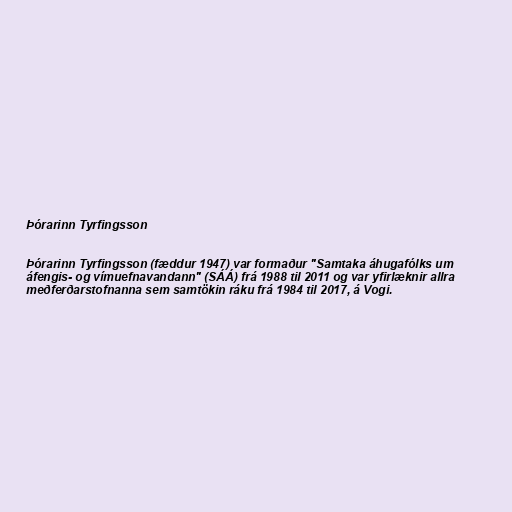
Þórarinn Tyrfingsson

Þórarinn Tyrfingsson (fæddur 1947) var formaður "Samtaka áhugafólks um
áfengis- og vímuefnavandann" (SÁÁ) frá 1988 til 2011 og var yfirlæknir allra
meðferðarstofnanna sem samtökin ráku frá 1984 til 2017, á Vogi.